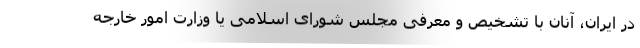
در ایران، آنان با تشخیص و معرفی مجلس شورای اسلامی یا وزارت امور خارجه